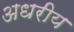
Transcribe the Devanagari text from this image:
अधरीय